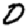
Digit: 0